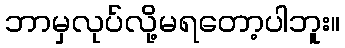
ဘာမှလုပ်လို့မရတော့ပါဘူး။